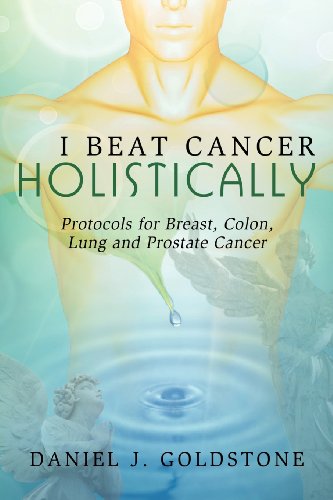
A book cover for I Beat Cancer Holistically: Protocols for Breast, Colon, Lung and Prostate Cancer; Daniel J. Goldstone; Health, Fitness & Dieting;